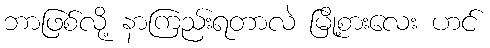
ဘာဖြစ်လို့ နာကြည်းရတာလဲ မြို့စားလေး ဟင်